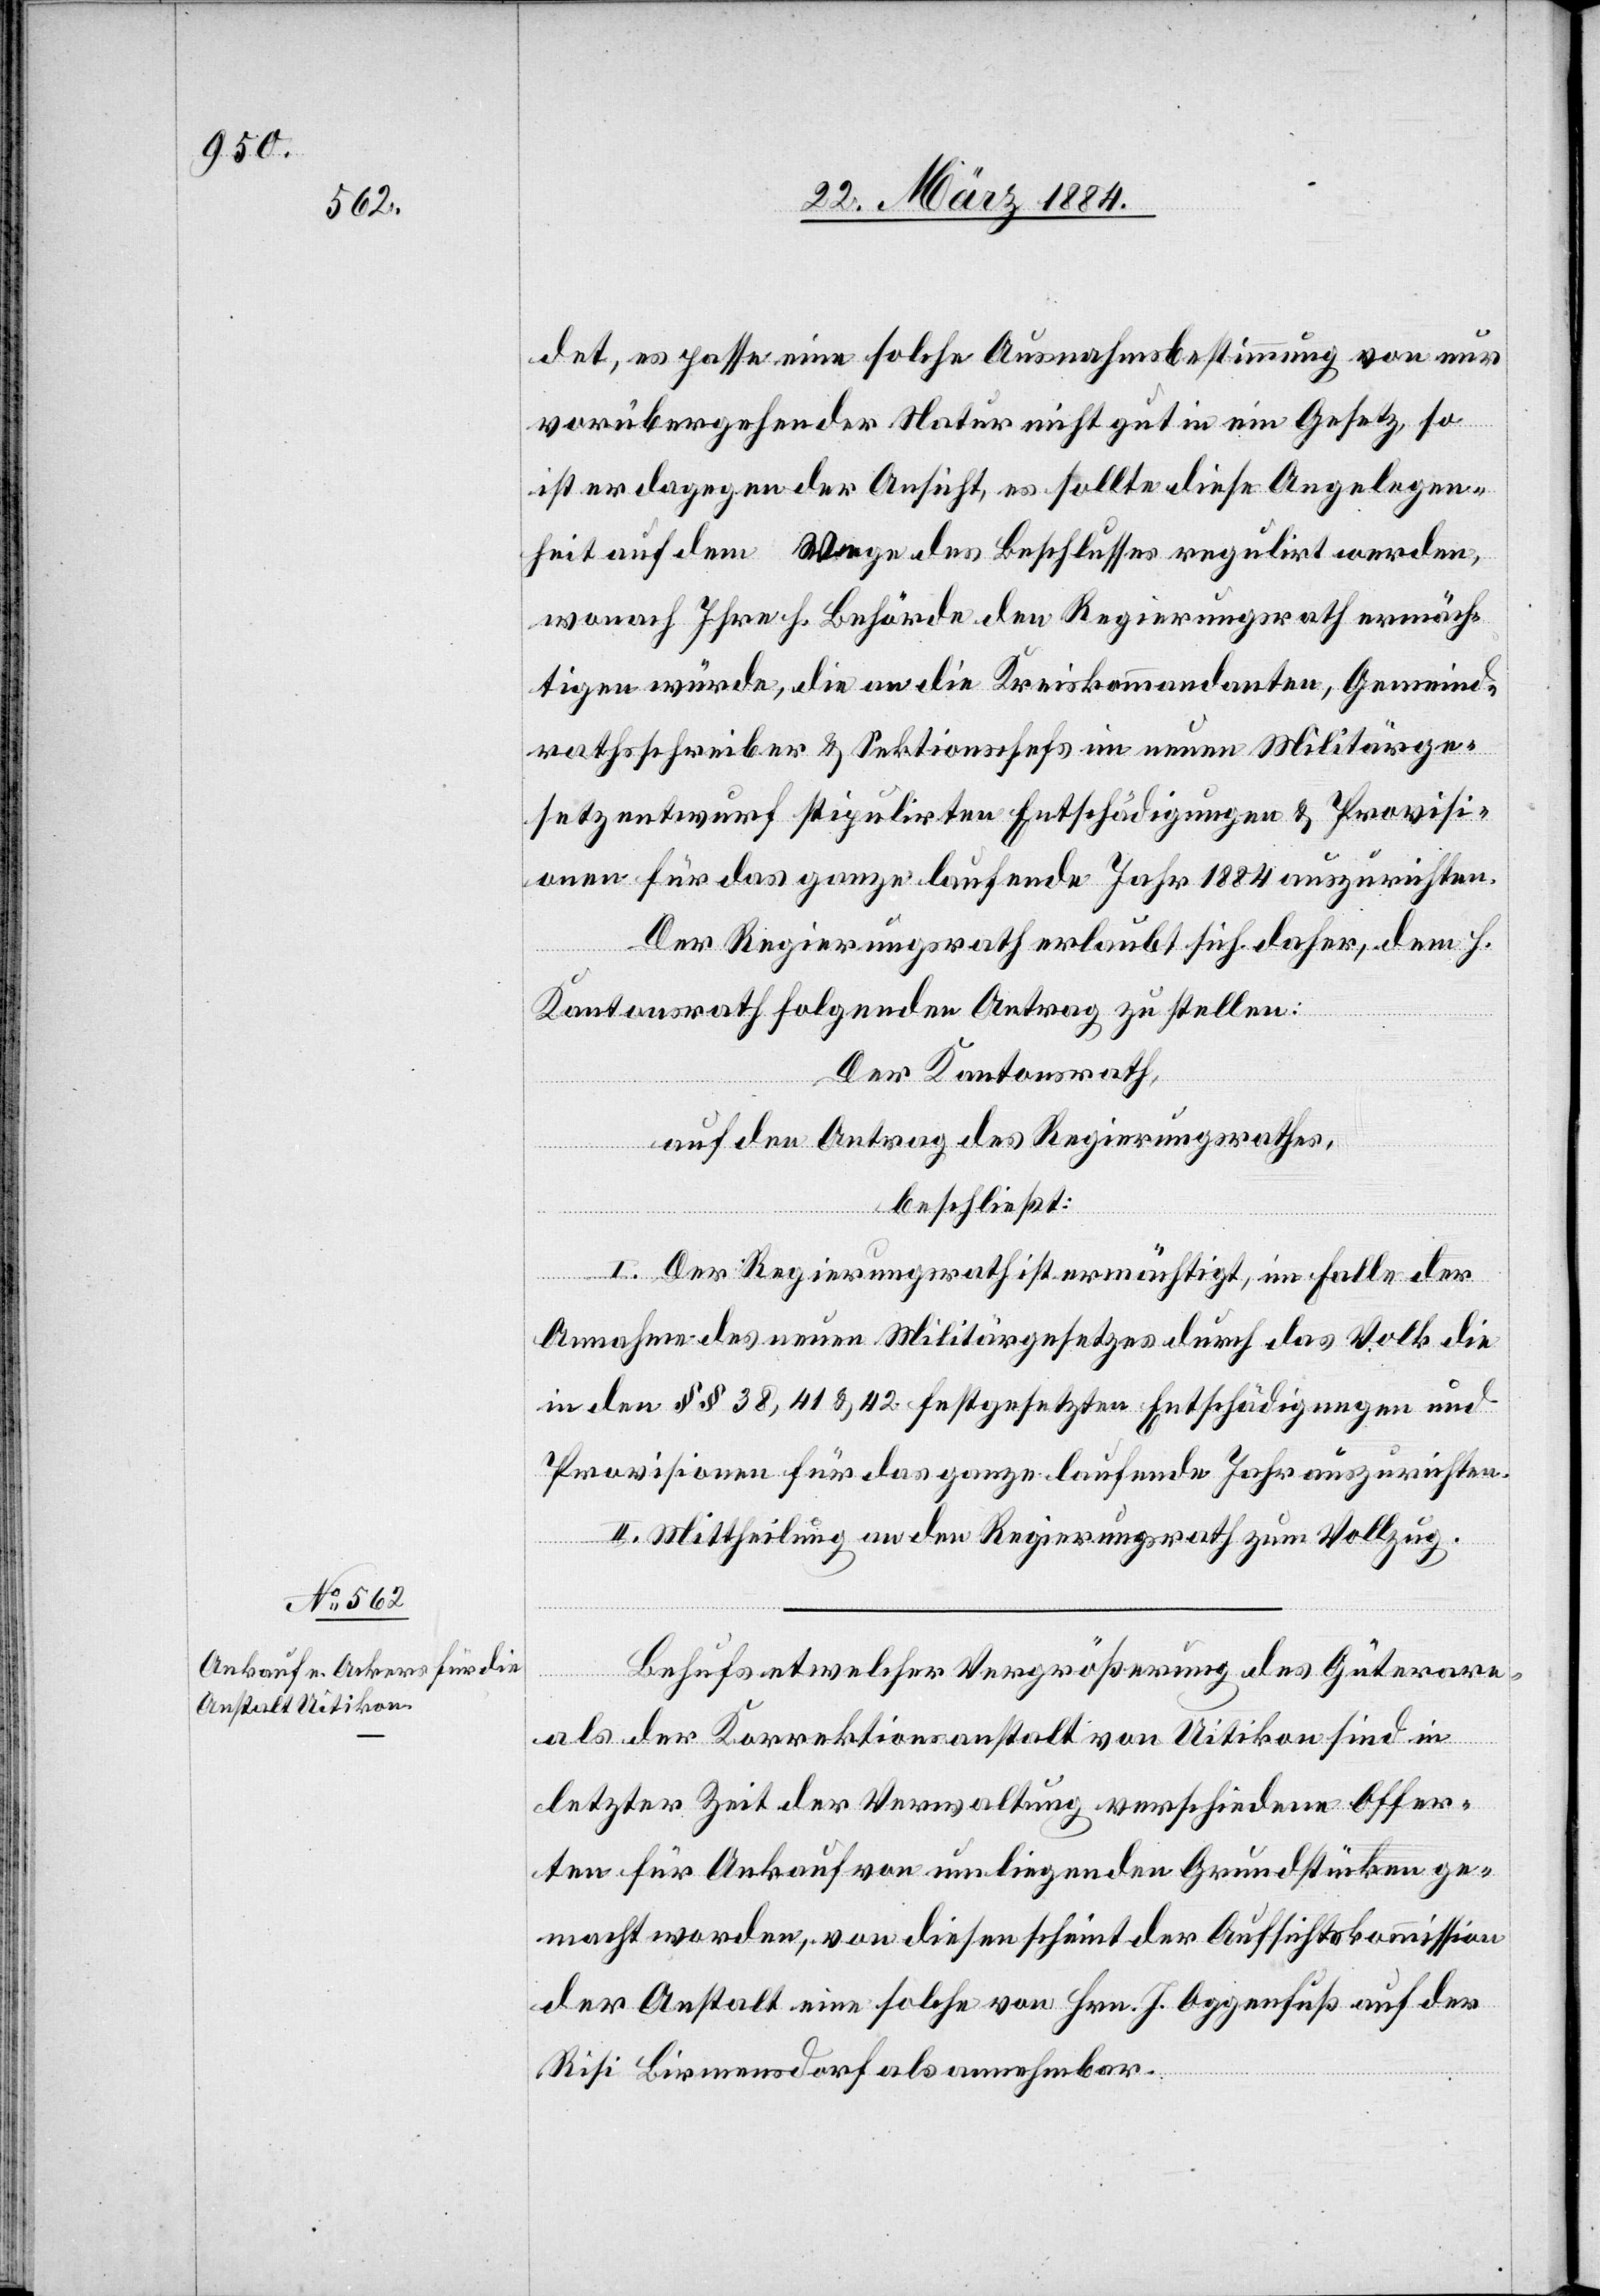
det, es passe eine solche Ausnahmsbestimmung von nur
vorübergehender Natur nicht gut in ein Gesetz, so
ist er dagegen der Ansicht, es sollte diese Angelegen¬
heit auf dem Wege des Beschlusses regulirt werden,
wonach Ihre h. Behörde den Regierungsrath ermäch¬
tigen würde, die an die Kreiskommandanten, Gemeind¬
rathsschreiber & Sektionschefs im neuen Militärge¬
setzentwurf stipulirten Entschädigungen & Provisi¬
onen für das ganze laufende Jahr 1884 auszurichten.
Der Regierungsrath erlaubt sich daher, dem h.
Kantonsrath folgenden Antrag zu stellen:
Der Kantonsrath,
auf den Antrag des Regierungsrathes,
beschließt:
I. Der Regierungsrath ist ermächtigt, im Falle der
Annahme des neuen Militärgesetzes durch das Volk die
in den §§ 38, 41 & 42 festgesetzten Entschädigungen und
Provisionen für das ganze laufende Jahr auszurichten.
II. Mittheilung an den Regierungsrath zum Vollzug.
Behufs etwelcher Vergrößerung des Güterare¬
als der Korrektionsanstalt von Uitikon sind in
letzter Zeit der Verwaltung verschiedene Offer¬
ten für Ankauf von umliegenden Grundstücken ge¬
macht worden, von diesen scheint der Aufsichtskommission
der Anstalt eine solche von Hrn. J. Oggenfuß auf der
Risi Birmensdorf als annehmbar.